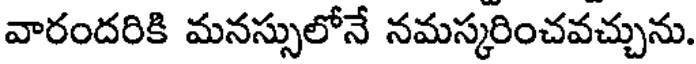
వారందరికి మనస్సులోనే నమస్కరించవచ్చును.